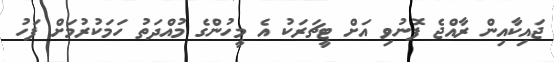
ޖައިކާއިން ރާއްޖެ ފޮނުވި އަށް ޓީޗަރަކު އެ މީހުންގެ މުއްދަތު ހަމަކުރުމަށް ފަހު